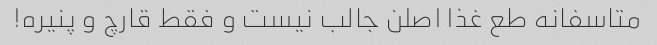
متاسفانه طع غذا اصلن جالب نیست و فقط قارچ و پنیره!